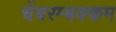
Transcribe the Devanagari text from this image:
चेंबरम्बक्कम